Indian journal of veterinary science and animal husbandry - Volume 6,
Year: 1936
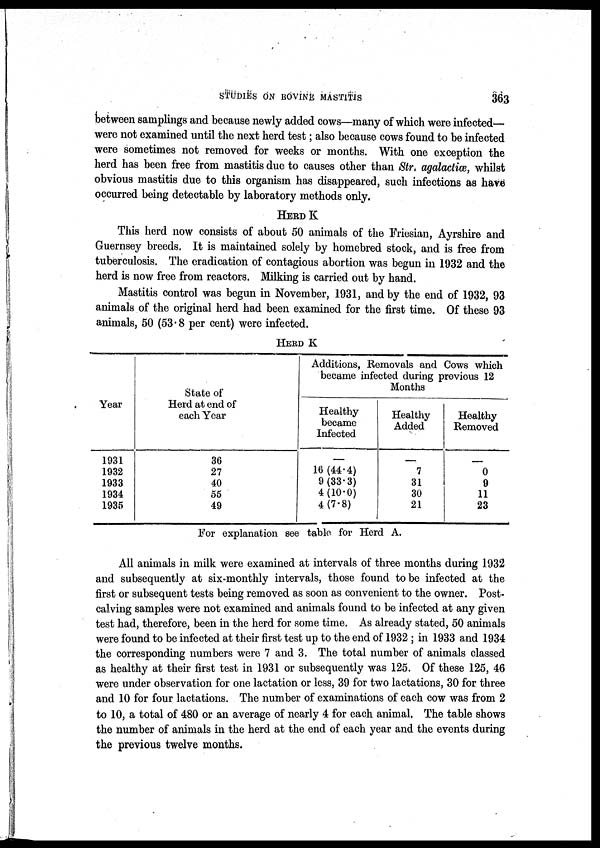
STUDIES ON BOVINE MASTITIS
363
between samplings and because newly added cows—many of which were infected—
were not examined until the next herd test ; also because cows found to be infected
were sometimes not removed for weeks or months. With one exception the
herd has been free from mastitis due to causes other than Str. agalactiæ, whilst
obvious mastitis due to this organism has disappeared, such infections as have
occurred being detectable by laboratory methods only.
HERD K
This herd now consists of about 50 animals of the Friesian, Ayrshire and
Guernsey breeds. It is maintained solely by homebred stock, and is free from
tuberculosis. The eradication of contagious abortion was begun in 1932 and the
herd is now free from reactors. Milking is carried out by hand.
Mastitis control was begun in November, 1931, and by the end of 1932, 93
animals of the original herd had been examined for the first time. Of these 93
animals, 50 (53.8 per cent) were infected.
HERD K
Year
1931
1932
1933
1934
1935
State of
Herd at end of
each Year
36
27
40
56
49
Additions, Removals and Cows which
became infected during previous 12
Months
Healthy
became
Infected
—
16 (44.4)
9(33.3)
4(10.0)
4(7.8)
Healthy
Added
—
7
31
30
21
Healthy
Removed
—
0 9
11
23
For explanation see table for Herd A.
All animals in milk were examined at intervals of three months during 1932
and subsequently at six-monthly intervals, those found to be infected at the
first or subsequent tests being removed as soon as convenient to the owner. Post-
calving samples were not examined and animals found to be infected at any given
test had, therefore, been in the herd for some time. As already stated, 50 animals
were found to be infected at their first test up to the end of 1932 ; in 1933 and 1934
the corresponding numbers were 7 and 3. The total number of animals classed
as healthy at their first test in 1931 or subsequently was 125. Of these 125, 46
were under observation for one lactation or less, 39 for two lactations, 30 for three
and 10 for four lactations. The number of examinations of each cow was from 2
to 10, a total of 480 or an average of nearly 4 for each animal. The table shows
the number of animals in the herd at the end of each year and the events during
the previous twelve months.